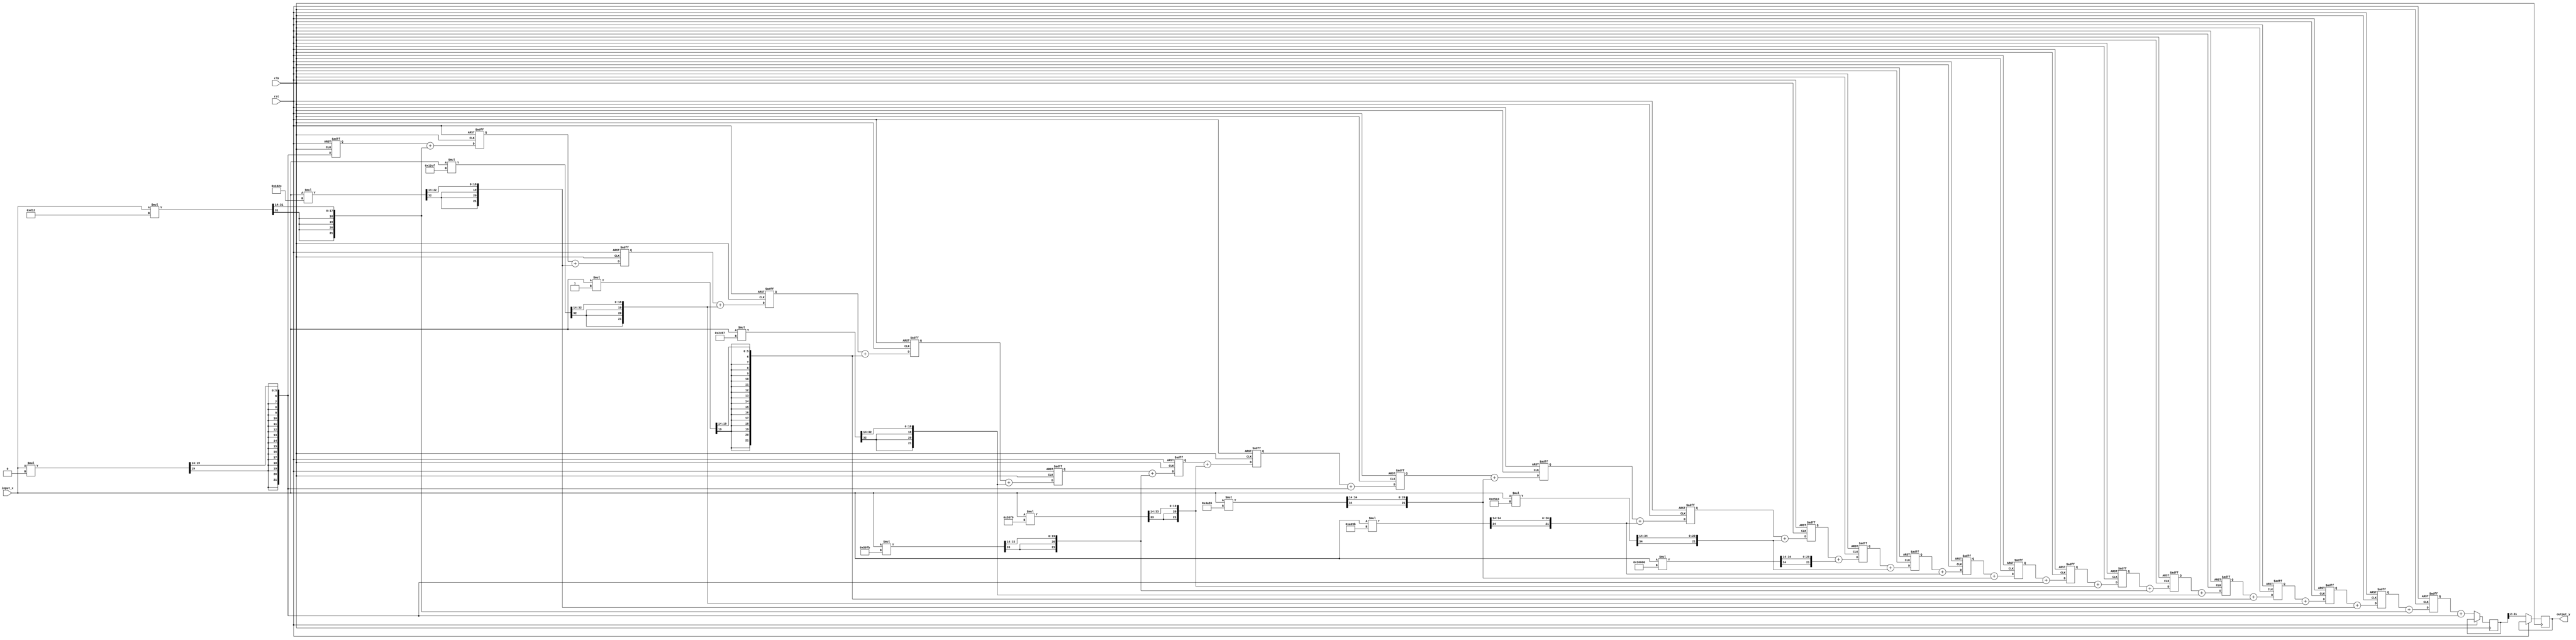
`timescale 1ns / 1ps
//////////////////////////////////////////////////////////////////////////////////
// Company: 
// Engineer: 
// 
// Design Name: 
// Module Name: transposed_form
// Project Name: 
// Target Devices: 
// Tool Versions: 
// Description: 
// 
// Dependencies: 
// 
// Revision:
// Revision 0.01 - File Created
// Additional Comments:
// 
//////////////////////////////////////////////////////////////////////////////////


module transposed_form( clk, rst, input_x, output_y );
    input clk, rst;
    input signed [18:0] input_x;
    output reg signed [19:0] output_y;
    
    reg signed [21:0] trans_output_y;
    reg signed [21:0] transform_reg [0:23];
    wire signed [17:0] h [0:24];
    wire signed [36:0] w [0:24];
    wire signed [21:0] w_trun [0:24];
    
    // coefficient
    assign h[0] = 0;
    assign h[1] = 3346;
    assign h[2] = 5676;
    assign h[3] = 4815;
    assign h[4] = -1;
    assign h[5] = -7017;
    assign h[6] = -12165;
    assign h[7] = -10759;
    assign h[8] = 0;
    assign h[9] = 19029;
    assign h[10] = 41115;
    assign h[11] = 58787;
    assign h[12] = 65536;
    assign h[13] = 58787;
    assign h[14] = 41115;
    assign h[15] = 19029;
    assign h[16] = 0;
    assign h[17] = -10759;
    assign h[18] = -12165;
    assign h[19] = -7017;
    assign h[20] = -1;
    assign h[21] = 4815;
    assign h[22] = 5676;
    assign h[23] = 3346;
    assign h[24] = 0;    
    // multiplication
    assign w[24] = input_x * h[0];
    assign w[23] = input_x * h[1];
    assign w[22] = input_x * h[2];
    assign w[21] = input_x * h[3];
    assign w[20] = input_x * h[4];
    assign w[19] = input_x * h[5];
    assign w[18] = input_x * h[6];
    assign w[17] = input_x * h[7];
    assign w[16] = input_x * h[8];
    assign w[15] = input_x * h[9];
    assign w[14] = input_x * h[10];
    assign w[13] = input_x * h[11];
    assign w[12] = input_x * h[12];
    assign w[11] = input_x * h[13];
    assign w[10] = input_x * h[14];
    assign w[9] = input_x * h[15];
    assign w[8] = input_x * h[16];
    assign w[7] = input_x * h[17];
    assign w[6] = input_x * h[18];
    assign w[5] = input_x * h[19];
    assign w[4] = input_x * h[20];
    assign w[3] = input_x * h[21];
    assign w[2] = input_x * h[22];
    assign w[1] = input_x * h[23];
    assign w[0] = input_x * h[24];
    // truncation
    assign w_trun[24] = w[24][34:13];
    assign w_trun[23] = w[23][34:13];
    assign w_trun[22] = w[22][34:13];
    assign w_trun[21] = w[21][34:13];
    assign w_trun[20] = w[20][34:13];
    assign w_trun[19] = w[19][34:13];
    assign w_trun[18] = w[18][34:13];
    assign w_trun[17] = w[17][34:13];
    assign w_trun[16] = w[16][34:13];
    assign w_trun[15] = w[15][34:13];
    assign w_trun[14] = w[14][34:13];
    assign w_trun[13] = w[13][34:13];
    assign w_trun[12] = w[12][34:13];
    assign w_trun[11] = w[11][34:13];
    assign w_trun[10] = w[10][34:13];
    assign w_trun[9] = w[9][34:13];
    assign w_trun[8] = w[8][34:13];
    assign w_trun[7] = w[7][34:13];
    assign w_trun[6] = w[6][34:13];
    assign w_trun[5] = w[5][34:13];
    assign w_trun[4] = w[4][34:13];
    assign w_trun[3] = w[3][34:13];
    assign w_trun[2] = w[2][34:13];
    assign w_trun[1] = w[1][34:13];
    assign w_trun[0] = w[0][34:13];
    
    always@(posedge clk or posedge rst) begin
        if (rst == 1) begin
            transform_reg[23] <= 0;
            transform_reg[22] <= 0;
            transform_reg[21] <= 0;
            transform_reg[20] <= 0;
            transform_reg[19] <= 0;
            transform_reg[18] <= 0;
            transform_reg[17] <= 0;
            transform_reg[16] <= 0;
            transform_reg[15] <= 0;
            transform_reg[14] <= 0;
            transform_reg[13] <= 0;
            transform_reg[12] <= 0;
            transform_reg[11] <= 0;
            transform_reg[10] <= 0;
            transform_reg[9] <= 0;
            transform_reg[8] <= 0;
            transform_reg[7] <= 0;
            transform_reg[6] <= 0;
            transform_reg[5] <= 0;
            transform_reg[4] <= 0;
            transform_reg[3] <= 0;
            transform_reg[2] <= 0;
            transform_reg[1] <= 0;
            transform_reg[0] <= 0;
        end else begin
            output_y = trans_output_y[21:2];
            trans_output_y = transform_reg[23] + {w_trun[24][21], w_trun[24][21:1]};
            transform_reg[23] = transform_reg[22] + {w_trun[23][21], w_trun[23][21:1]};
            transform_reg[22] = transform_reg[21] + {w_trun[22][21], w_trun[22][21:1]};
            transform_reg[21] = transform_reg[20] + {w_trun[21][21], w_trun[21][21:1]};
            transform_reg[20] = transform_reg[19] + {w_trun[20][21], w_trun[20][21:1]};
            transform_reg[19] = transform_reg[18] + {w_trun[19][21], w_trun[19][21:1]};
            transform_reg[18] = transform_reg[17] + {w_trun[18][21], w_trun[18][21:1]};
            transform_reg[17] = transform_reg[16] + {w_trun[17][21], w_trun[17][21:1]};
            transform_reg[16] = transform_reg[15] + {w_trun[16][21], w_trun[16][21:1]};
            transform_reg[15] = transform_reg[14] + {w_trun[15][21], w_trun[15][21:1]};
            transform_reg[14] = transform_reg[13] + {w_trun[14][21], w_trun[14][21:1]};
            transform_reg[13] = transform_reg[12] + {w_trun[13][21], w_trun[13][21:1]};
            transform_reg[12] = transform_reg[11] + {w_trun[12][21], w_trun[12][21:1]};
            transform_reg[11] = transform_reg[10] + {w_trun[11][21], w_trun[11][21:1]};
            transform_reg[10] = transform_reg[9] + {w_trun[10][21], w_trun[10][21:1]};
            transform_reg[9] = transform_reg[8] + {w_trun[9][21], w_trun[9][21:1]};
            transform_reg[8] = transform_reg[7] + {w_trun[8][21], w_trun[8][21:1]};
            transform_reg[7] = transform_reg[6] + {w_trun[7][21], w_trun[7][21:1]};
            transform_reg[6] = transform_reg[5] + {w_trun[6][21], w_trun[6][21:1]};
            transform_reg[5] = transform_reg[4] + {w_trun[5][21], w_trun[5][21:1]};
            transform_reg[4] = transform_reg[3] + {w_trun[4][21], w_trun[4][21:1]};
            transform_reg[3] = transform_reg[2] + {w_trun[3][21], w_trun[3][21:1]};
            transform_reg[2] = transform_reg[1] + {w_trun[2][21], w_trun[2][21:1]};
            transform_reg[1] = transform_reg[0] + {w_trun[1][21], w_trun[1][21:1]};
            transform_reg[0] = {w_trun[0][21], w_trun[0][21:1]};          
        end
    end
endmodule